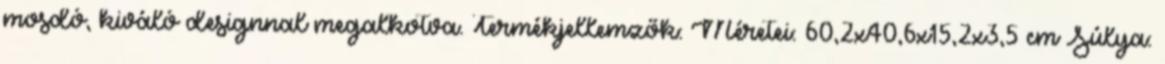
mosdó, kiváló designnal megalkotva. Termékjellemzők: Méretei: 60,2x40,6x15,2x3,5 cm Súlya: